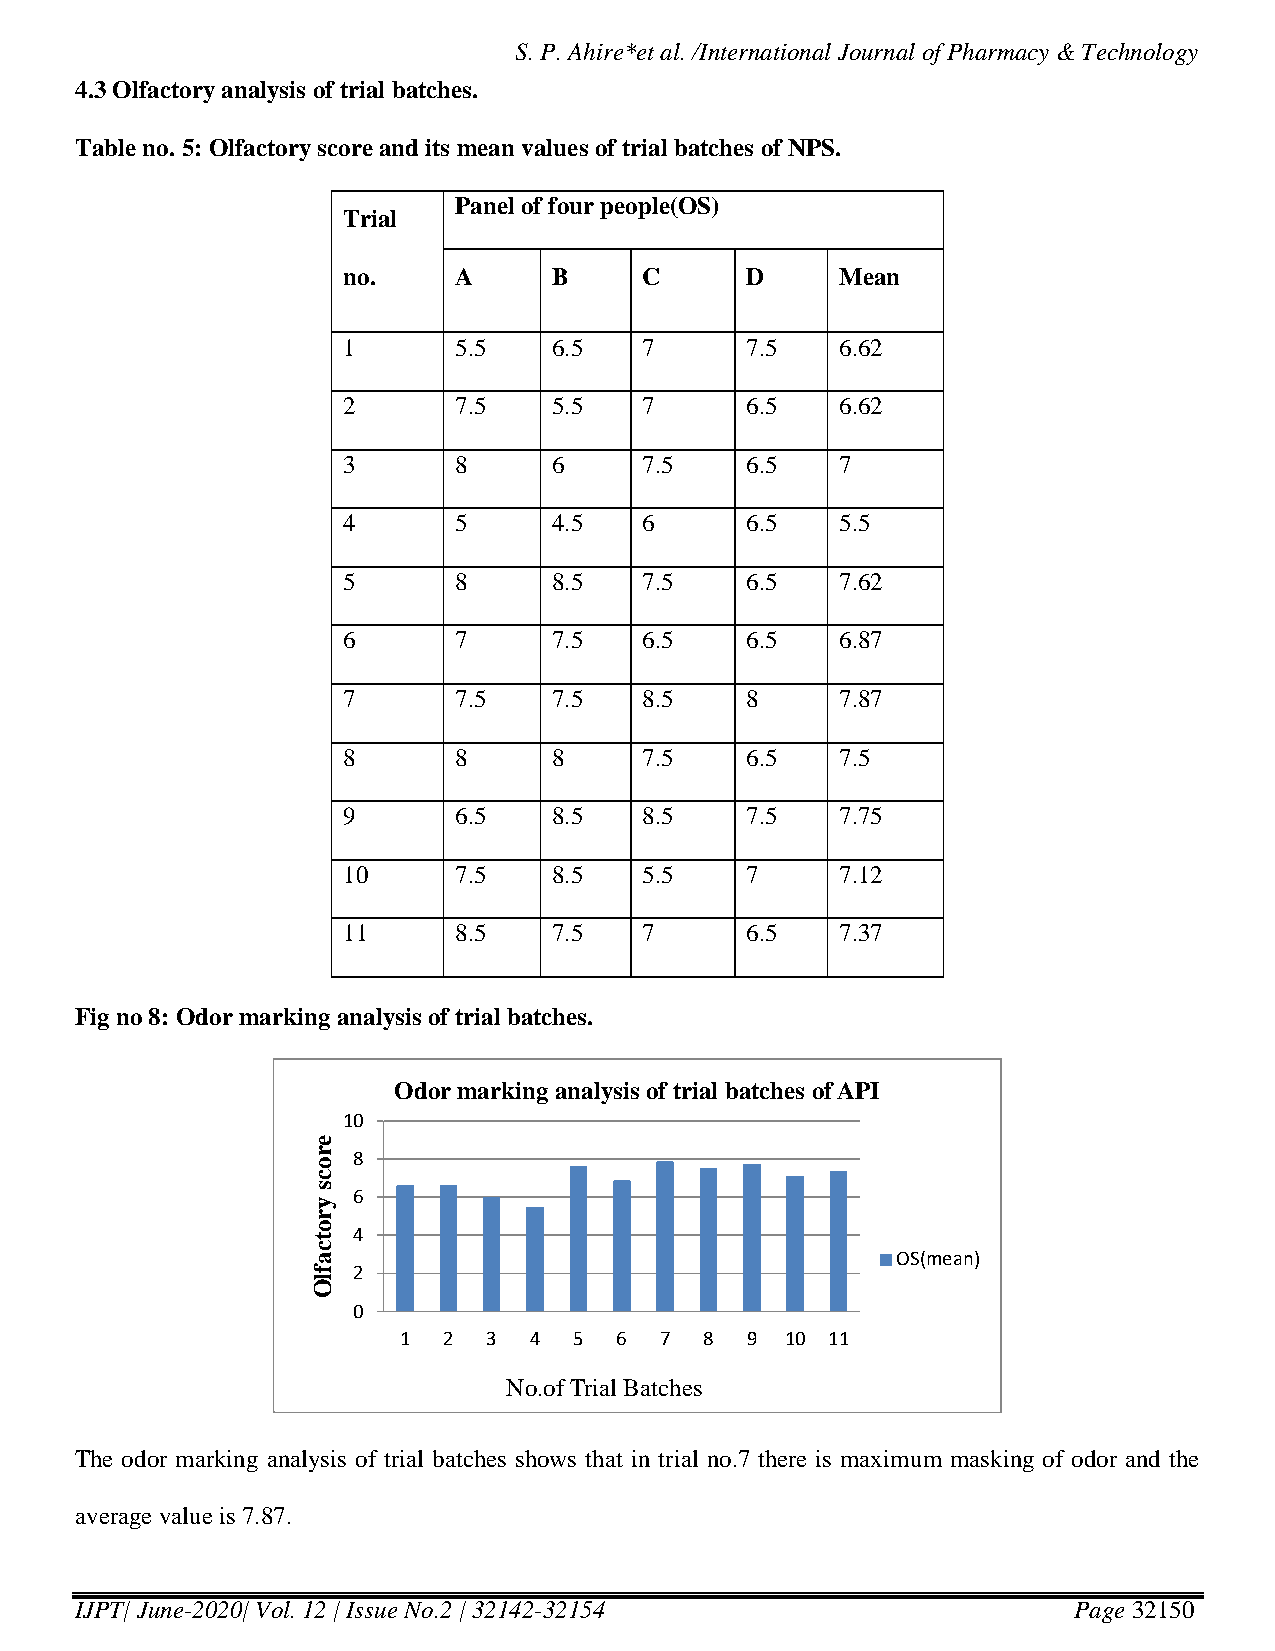
S. P. Ahire*et al. /International Journal of Pharmacy & Technology
 4.3 Olfactory analysis of trial batches.
 Table no. 5: Olfactory score and its mean values of trial batches of NPS.
 Panel of four people(OS)
 Trial
 no.    A      B     C     D      Mean
 1      5.5    6.5   7     7.5    6.62
 2      7.5    5.5   7     6.5    6.62
 3      8      6     7.5   6.5    7
 4      5      4.5   6     6.5    5.5
 5      8      8.5   7.5   6.5    7.62
 6      7      7.5   6.5   6.5    6.87
 7      7.5    7.5   8.5   8      7.87
 8      8      8     7.5   6.5    7.5
 9      6.5    8.5   8.5   7.5    7.75
 10     7.5    8.5   5.5   7      7.12
 11     8.5    7.5   7     6.5    7.37
 Fig no 8: Odor marking analysis of trial batches.
 Odor marking analysis of trial batches of API
 10
 e
 r 8
 o
 c
 s
 6
 y
 r
 o
 t 4
 c
 a                                     OS(mean)
 f 2
 l
 O
 0
 1  2  3  4  5  6  7  8 9  10 11
 No.of Trial Batches
 The odor marking analysis of trial batches shows that in trial no.7 there is maximum masking of odor and the
 average value is 7.87.
 IJPT| June-2020| Vol. 12 | Issue No.2 | 32142-32154               Page 32150